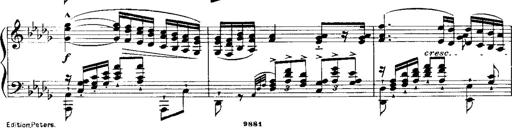
Title: RÃ©miniscences de 'Lucia di Lammermoor'
Composer: Franz Liszt